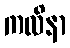
ကလိနာ